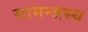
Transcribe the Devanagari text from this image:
सामन्‍जस्‍य